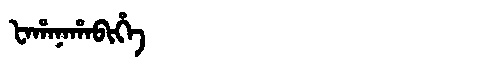
Manchu: ᡶᠠᡥᠠᠨᠠᡥᠠᠪᡳᡥᡝ
Romanization: FAHANAHABIHE